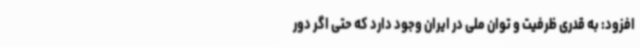
افزود: به قدری ظرفیت و توان ملی در ایران وجود دارد که حتی اگر دور